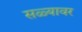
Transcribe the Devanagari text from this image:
सळ्यावर